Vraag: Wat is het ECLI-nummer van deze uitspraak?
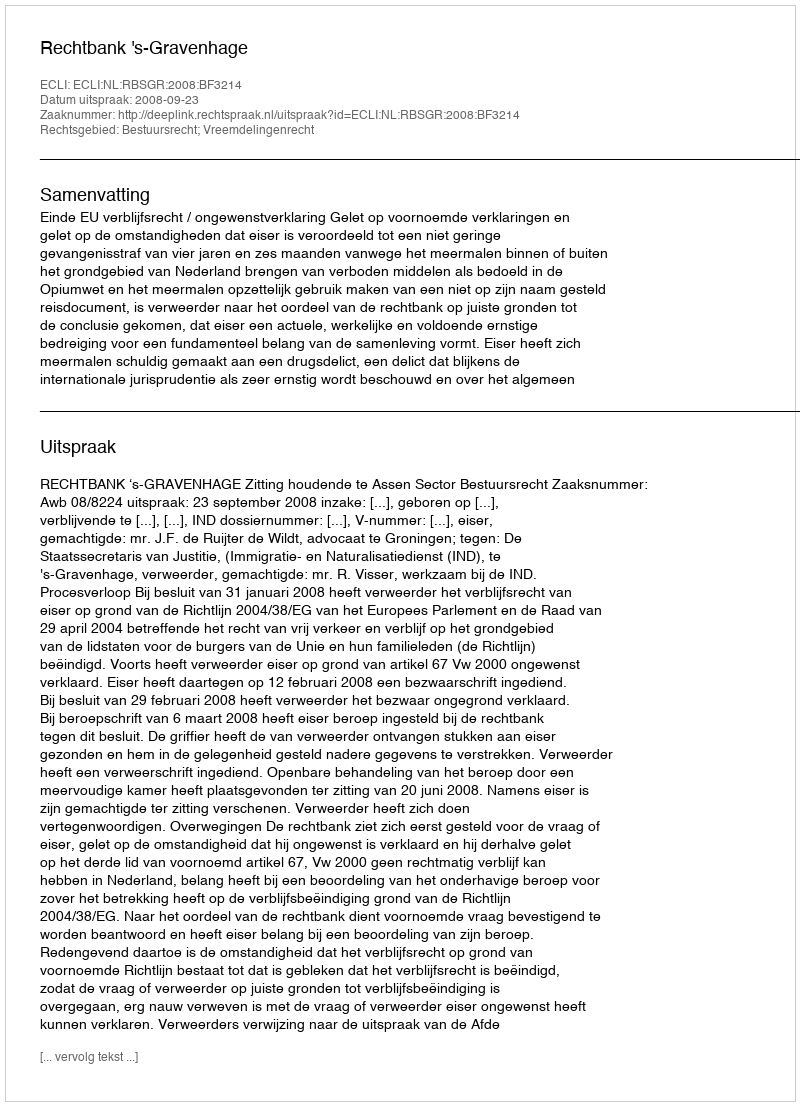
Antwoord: ECLI:NL:RBSGR:2008:BF3214